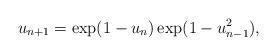
LaTeX: \begin{align*}u_{n+1}=\exp(1-u_n) \exp(1 -u^2_{n-1}),\end{align*}